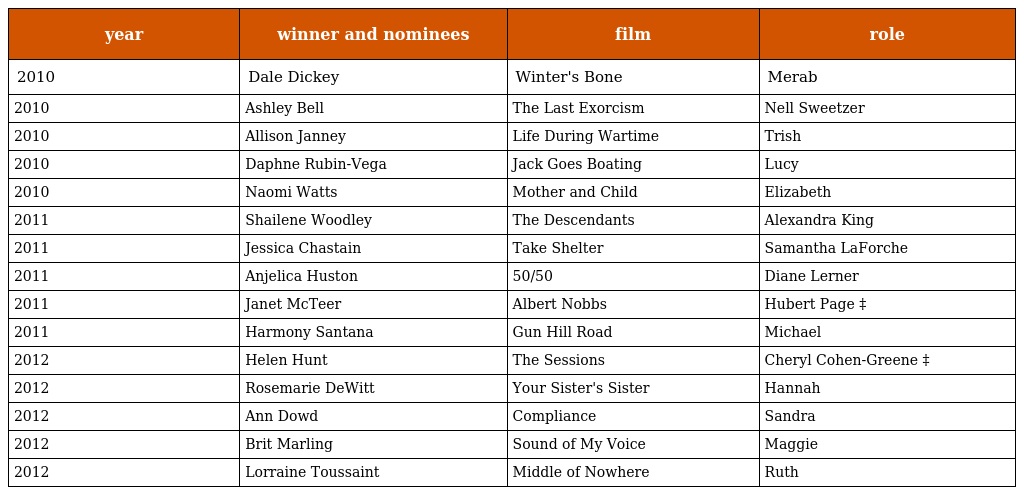
| year | winner and nominees | film | role |
 | --- | --- | --- | --- |
 | 2010 | Dale Dickey | Winter's Bone | Merab |
 | 2010 | Ashley Bell | The Last Exorcism | Nell Sweetzer |
 | 2010 | Allison Janney | Life During Wartime | Trish |
 | 2010 | Daphne Rubin-Vega | Jack Goes Boating | Lucy |
 | 2010 | Naomi Watts | Mother and Child | Elizabeth |
 | 2011 | Shailene Woodley | The Descendants | Alexandra King |
 | 2011 | Jessica Chastain | Take Shelter | Samantha LaForche |
 | 2011 | Anjelica Huston | 50/50 | Diane Lerner |
 | 2011 | Janet McTeer | Albert Nobbs | Hubert Page ‡ |
 | 2011 | Harmony Santana | Gun Hill Road | Michael |
 | 2012 | Helen Hunt | The Sessions | Cheryl Cohen-Greene ‡ |
 | 2012 | Rosemarie DeWitt | Your Sister's Sister | Hannah |
 | 2012 | Ann Dowd | Compliance | Sandra |
 | 2012 | Brit Marling | Sound of My Voice | Maggie |
 | 2012 | Lorraine Toussaint | Middle of Nowhere | Ruth |